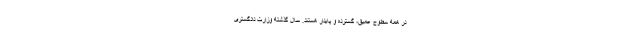
در همه سطوح عمیق، گسترده و پایدار هستند. سال گذشته وزارت دادگستری